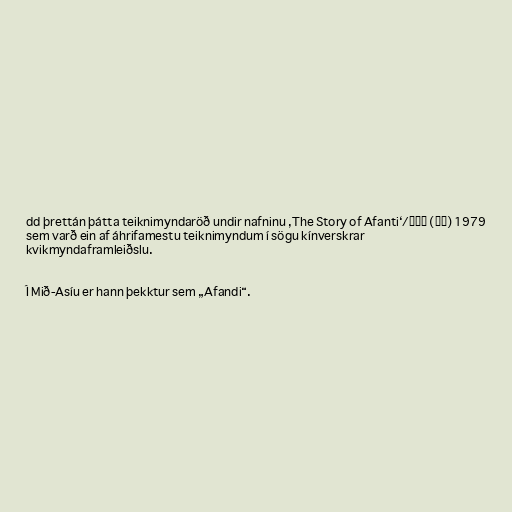
dd þrettán þátta teiknimyndaröð undir nafninu ‚The Story of Afanti‘/阿凡提 (电影) 1979
sem varð ein af áhrifamestu teiknimyndum í sögu kínverskrar
kvikmyndaframleiðslu.

Í Mið-Asíu er hann þekktur sem „Afandi“.